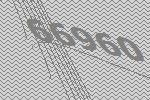
66960